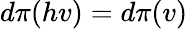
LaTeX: d\pi(hv)=d\pi(v)